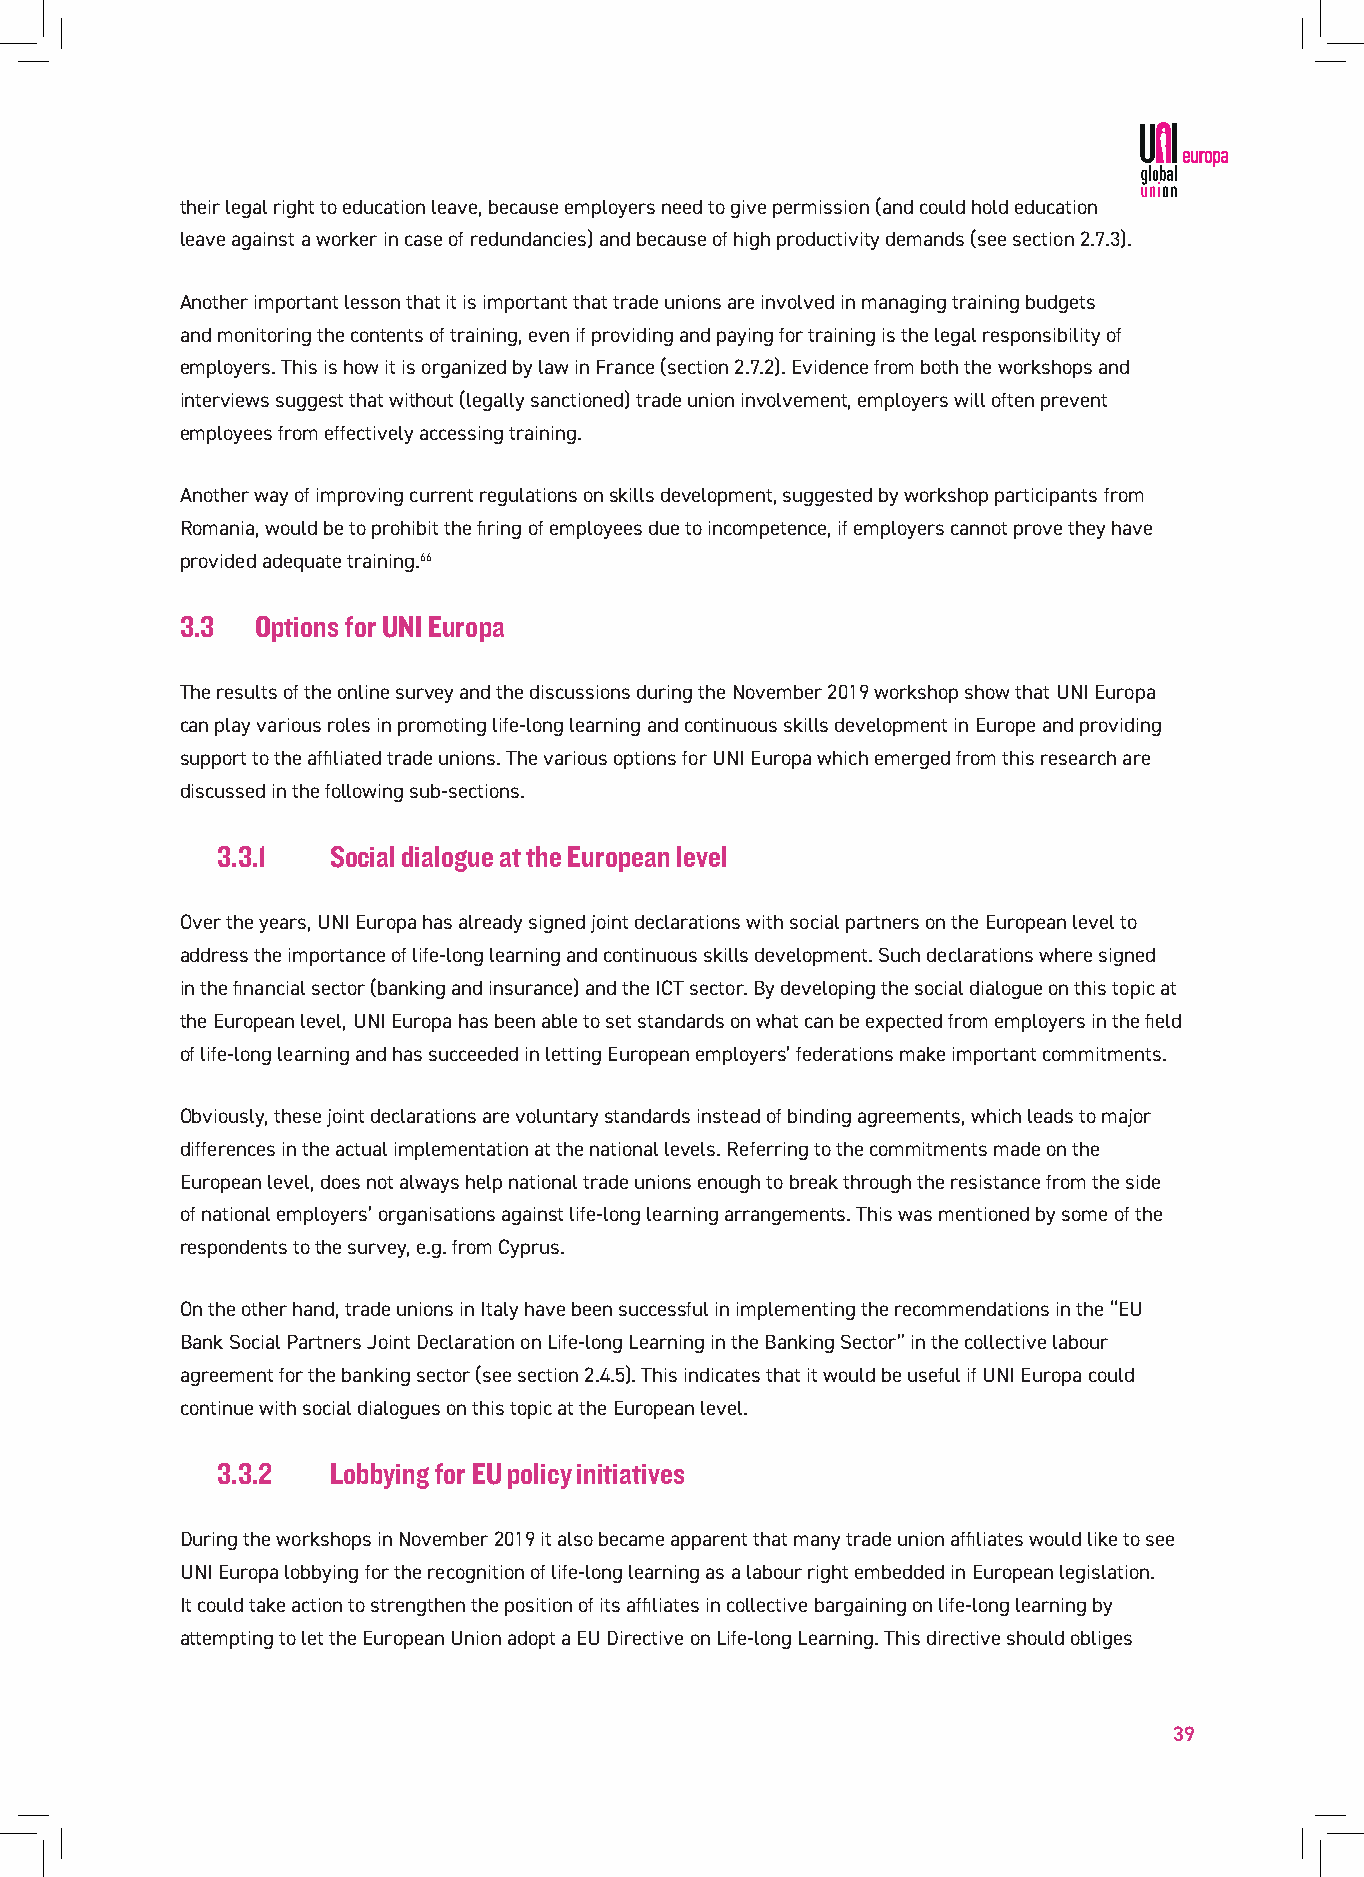
their legal right to education leave, because employers need to give permission (and could hold education
 leave against a worker in case of redundancies) and because of high productivity demands (see section 2.7.3).
 Another important lesson that it is important that trade unions are involved in managing training budgets
 and monitoring the contents of training, even if providing and paying for training is the legal responsibility of
 employers. This is how it is organized by law in France (section 2.7.2). Evidence from both the workshops and
 interviews suggest that without (legally sanctioned) trade union involvement, employers will often prevent
 employees from effectively accessing training.
 Another way of improving current regulations on skills development, suggested by workshop participants from
 Romania, would be to prohibit the firing of employees due to incompetence, if employers cannot prove they have
 provided adequate training.66
 3.3  Options for UNI Europa
 The results of the online survey and the discussions during the November 2019 workshop show that UNI Europa
 can play various roles in promoting life-long learning and continuous skills development in Europe and providing
 support to the affiliated trade unions. The various options for UNI Europa which emerged from this research are
 discussed in the following sub-sections.
 3.3.1   Social dialogue at the European level
 Over the years, UNI Europa has already signed joint declarations with social partners on the European level to
 address the importance of life-long learning and continuous skills development. Such declarations where signed
 in the financial sector (banking and insurance) and the ICT sector. By developing the social dialogue on this topic at
 the European level, UNI Europa has been able to set standards on what can be expected from employers in the field
 of life-long learning and has succeeded in letting European employers’ federations make important commitments.
 Obviously, these joint declarations are voluntary standards instead of binding agreements, which leads to major
 differences in the actual implementation at the national levels. Referring to the commitments made on the
 European level, does not always help national trade unions enough to break through the resistance from the side
 of national employers’ organisations against life-long learning arrangements. This was mentioned by some of the
 respondents to the survey, e.g. from Cyprus.
 On the other hand, trade unions in Italy have been successful in implementing the recommendations in the “EU
 Bank Social Partners Joint Declaration on Life-long Learning in the Banking Sector” in the collective labour
 agreement for the banking sector (see section 2.4.5). This indicates that it would be useful if UNI Europa could
 continue with social dialogues on this topic at the European level.
 3.3.2   Lobbying for EU policy initiatives
 During the workshops in November 2019 it also became apparent that many trade union affiliates would like to see
 UNI Europa lobbying for the recognition of life-long learning as a labour right embedded in European legislation.
 It could take action to strengthen the position of its affiliates in collective bargaining on life-long learning by
 attempting to let the European Union adopt a EU Directive on Life-long Learning. This directive should obliges
 39